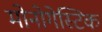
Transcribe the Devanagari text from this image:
मोनोगेस्टिक